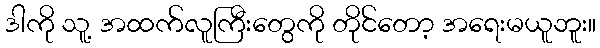
ဒါကို သူ့ အထက်လူကြီးတွေကို တိုင်တော့ အရေးမယူဘူး။